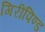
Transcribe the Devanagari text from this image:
गिरीपिण्ड